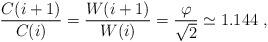
LaTeX: \begin{align*}\frac{C(i+1)}{C(i)} = \frac{W(i+1)}{W(i)} = \frac{\varphi}{\sqrt{2}} \simeq 1.144~,\end{align*}